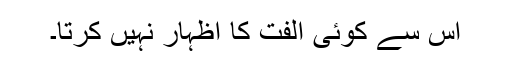
اس سے کوئی الفت کا اظہار نہیں کرتا۔